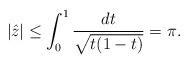
LaTeX: \begin{align*}|\hat{z}| \leq \int_{0}^{1}\frac{dt}{\sqrt{t(1-t)}} =\pi.\end{align*}